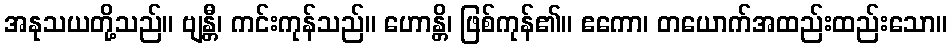
အနုသယတို့သည်။ ဗျန္တီ၊ ကင်းကုန်သည်။ ဟောန္တိ၊ ဖြစ်ကုန်၏။ ဧကော၊ တယောက်အထည်းထည်းသော။